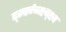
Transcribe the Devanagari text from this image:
र्द्म्फ्न्व्ब्क्ष्च्क्ष्व